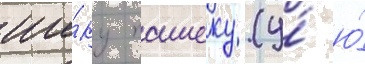
ши́ку пашеку (у́ ю́